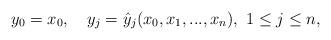
LaTeX: \begin{align*}y_0=x_0,\ \ \ y_j=\hat y_j(x_0,x_1,...,x_n),\ 1\leq j\leq n,\end{align*}